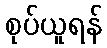
စုပ်ယူရန်